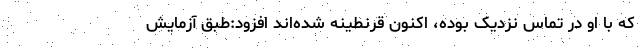
که با او در تماس نزدیک بوده، اکنون قرنطینه شده‌اند افزود:طبق آزمایش